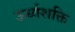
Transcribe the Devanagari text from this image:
ऊर्ध्वशक्ति